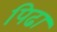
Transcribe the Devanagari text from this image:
पिढा